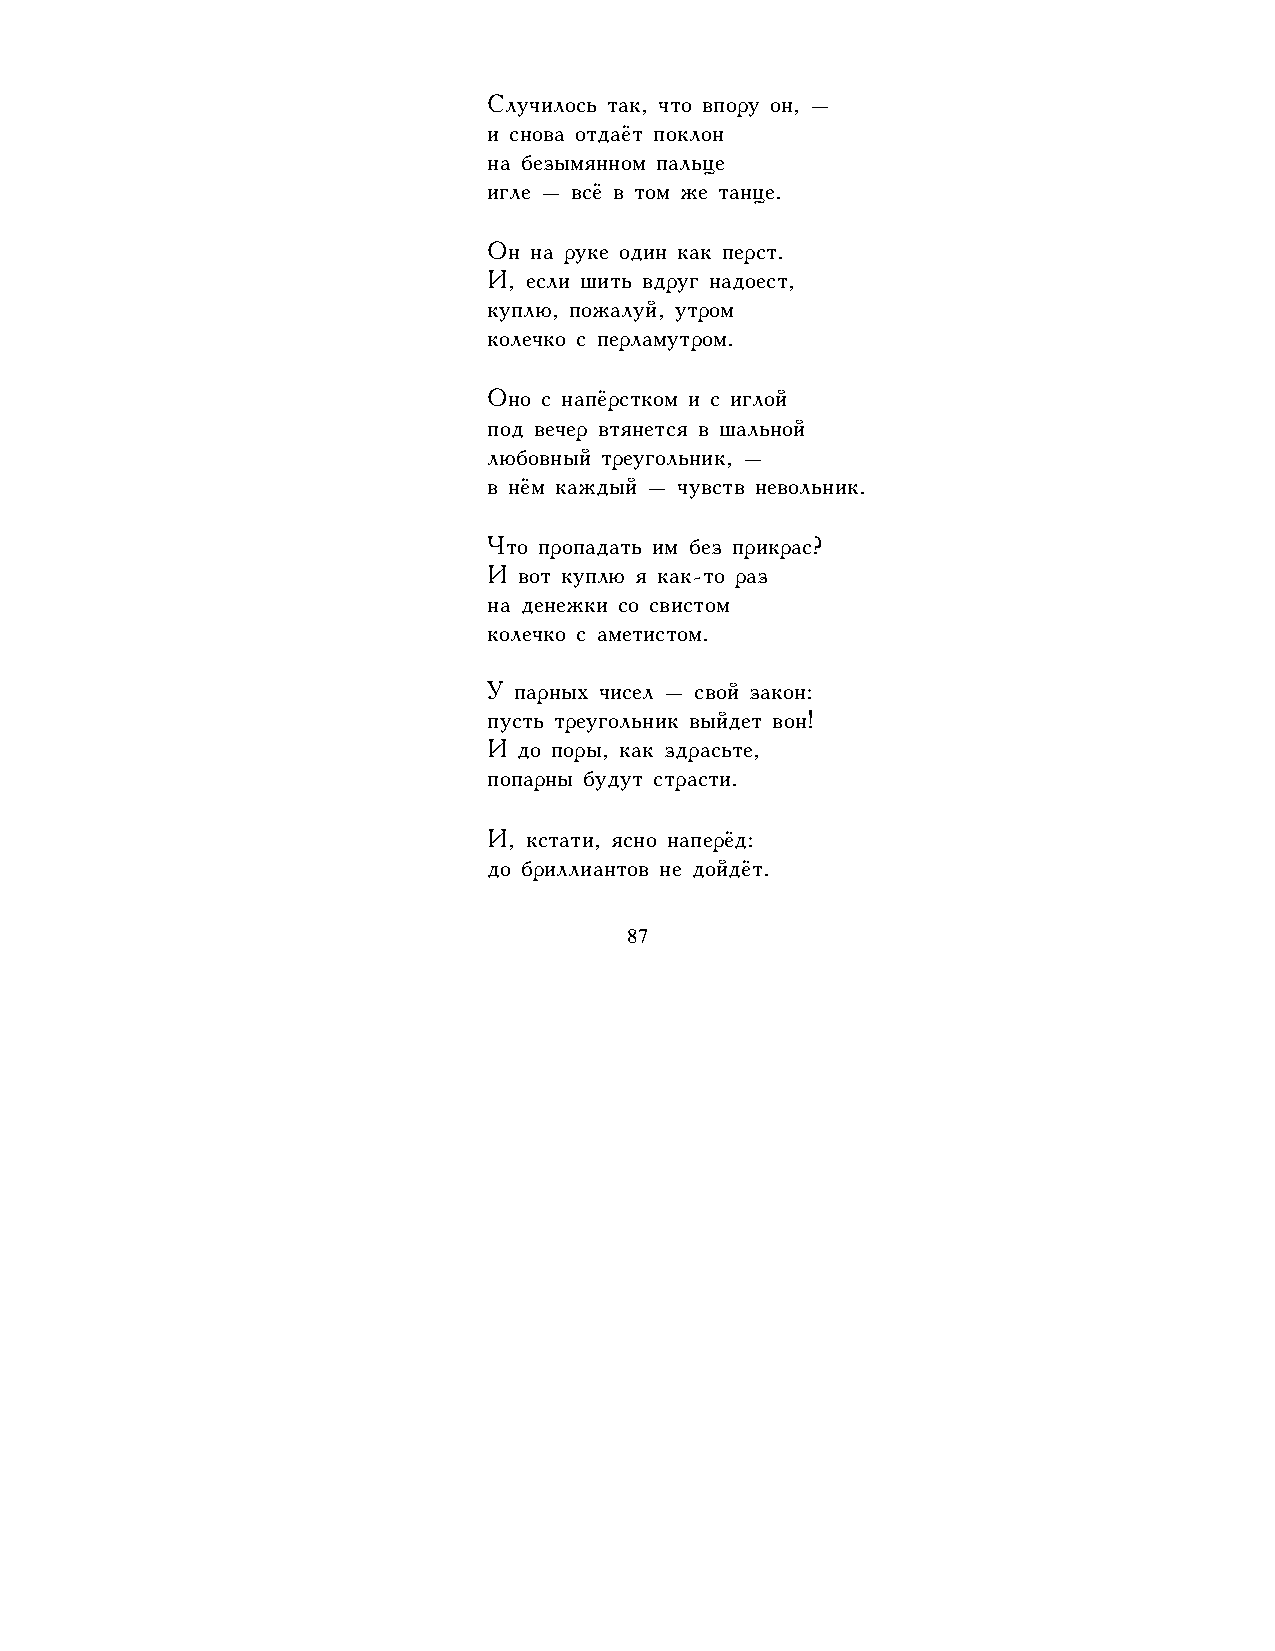
Случилось так, что впору он, –
 и снова отдаёт поклон
 на безымянном пальце
 игле – всё в том же танце.
 Он на руке один как перст.
 И, если шить вдруг надоест,
 куплю, пожалуй, утром
 колечко с перламутром.
 Оно с напёрстком и с иглой
 под вечер втянется в шальной
 любовный треугольник, –
 в нём каждый – чувств невольник.
 Что пропадать им без прикрас?
 И вот куплю я как-то раз
 на денежки со свистом
 колечко с аметистом.
 У парных чисел – свой закон:
 пусть треугольник выйдет вон!
 И до поры, как здрасьте,
 попарны будут страсти.
 И, кстати, ясно наперёд:
 до бриллиантов не дойдёт.
 87